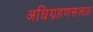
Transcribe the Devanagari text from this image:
अधिग्रहणसलाह